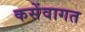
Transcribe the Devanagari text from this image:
कसेंवागत